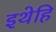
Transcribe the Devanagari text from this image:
इथेहि